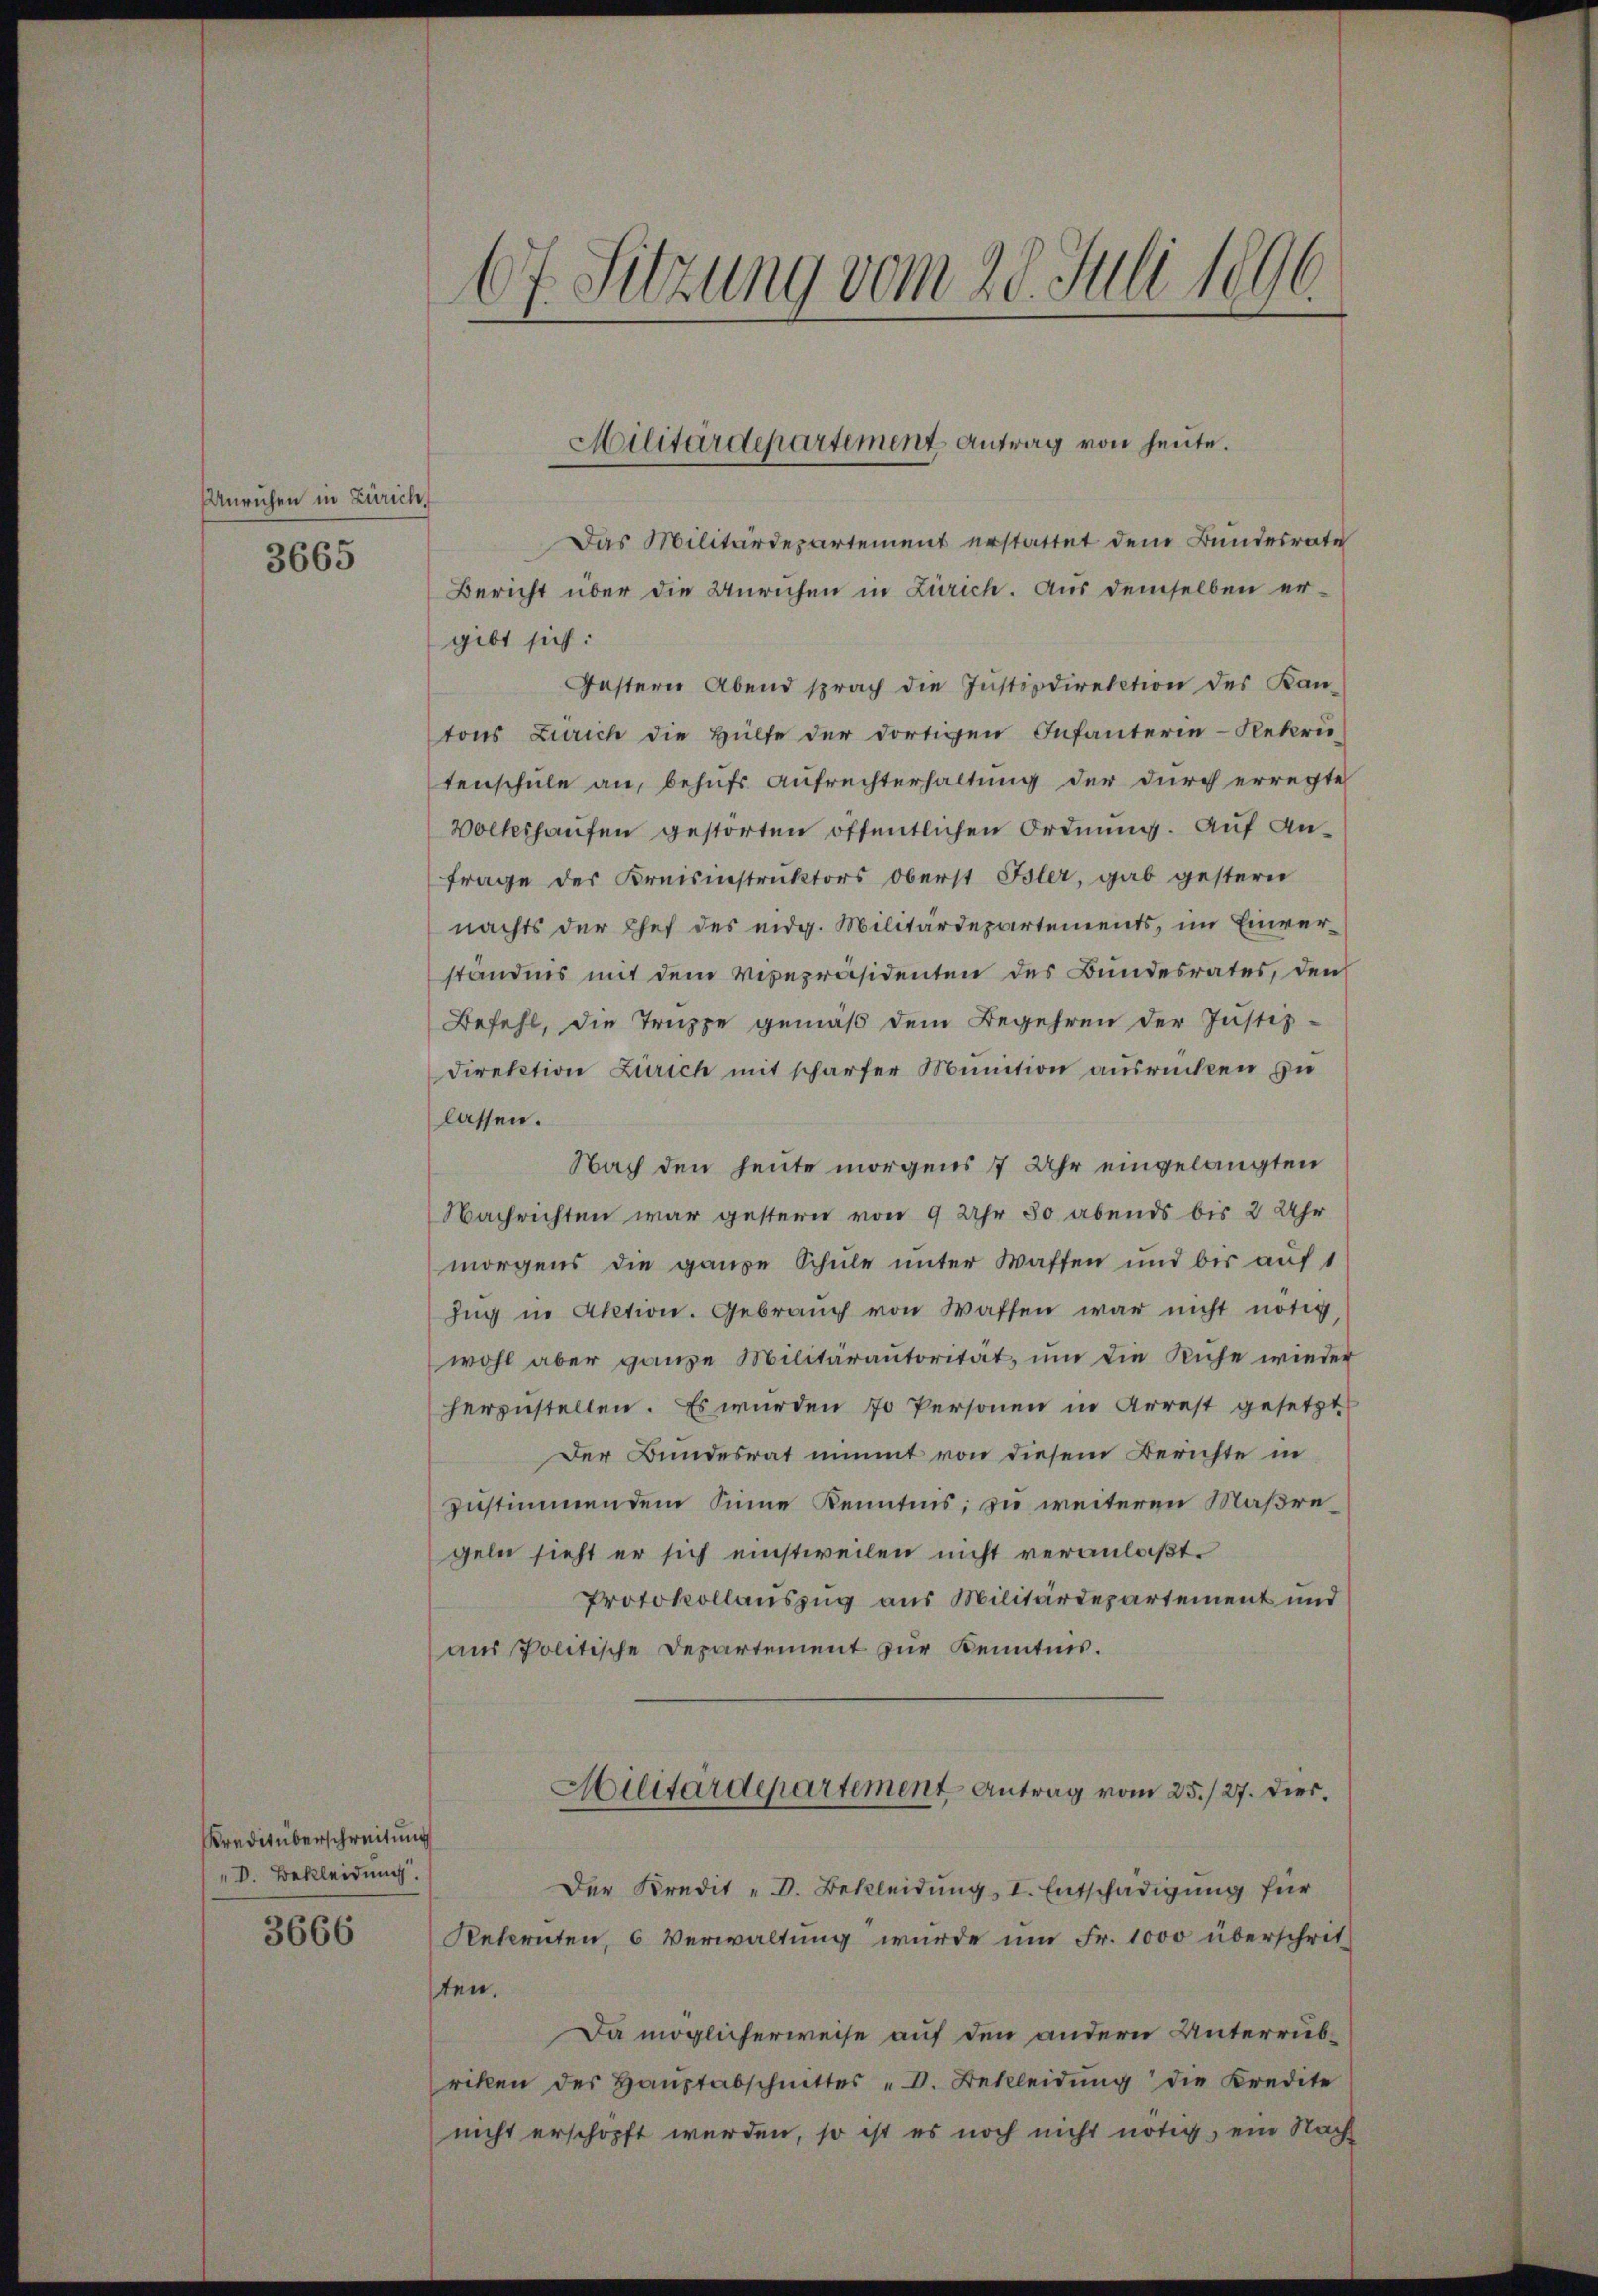
Unrichen in Zürich,

3665

Kreditüberschreitung
D. Bekleidung.
3666

67. Sitzung vom 20. Juli 1896.

Das Militärdepartement erstattet dem Bundesrate
Bericht über die Unruhen in Zürich. Aus demselben er-
gibt sich:
Gestern Abend sprach die Instizdirektion des Kan-
tons Zürich die Hülfe der dortigen Infanterie-Rekru-
tenschule an, behufs Aufrechterhaltung der durch erregte
Volkshausen gestorten öffentlichen Ordnung. Auf Anfrage des Kreisinstruktors Oberst Bler, gab gestern
nachts der Chef des eidg. Militärdepartements, im Einverständnis mit dem Verepräsidenten des Bundesrates, den
Befehl, die Truppe gemäß dem Begehren der Justiz-
direktion Zürich mit schärfer Munition ausrückten zu
lassen.
Nach den heute morgens 7 Uhr eingelangten
Nachrichten war gestern von 9 Uhr 30 abends bis 2 Uhr
morgens die ganze Schule unter Waffen und bis auf 1
Zug in Aktion. Gebrauch von Wassen war nicht nötig,
wohl aber ganze Militärautorität, um die Ruhe wieder
herzustellen. Es wurden 70 Personen in Arrest gesetzt
Der Bundesrat nimmt von diesem Berichte in
zustimmendem Sinne Kenntnis; zu weiteren Maßregeln sieht er sich einstweilen nicht veranlaßt.
Protokollauszug aus Militärdepartement und
aus Politische Departement zur Kenntnis.
Militärdepartement Antrag vom 25./27. Dier.
Der Kredit "D. Bekleidung, I. Entschädigung für
Reternten, 6 Verwaltung wurde um Fr. 1000 überschritten.
Da möglicherweise auf den andern Unterrübriken des Haŭptabschnittes "V. Bekleidŭng die Kredite
nicht erschöpft werden, so ist es noch nicht nötig, ein Nach

Militärdepartement Antrag von heute.